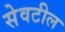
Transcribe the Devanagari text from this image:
सेवटील